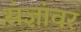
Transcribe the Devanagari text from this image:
संज्ञांवर